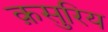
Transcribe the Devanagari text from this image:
क़सुरिय